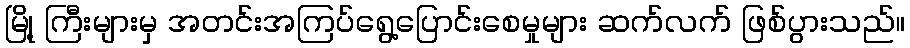
မြို့ ကြီးများမှ အတင်းအကြပ်ရွေ့ပြောင်းစေမှုများ ဆက်လက် ဖြစ်ပွားသည်။